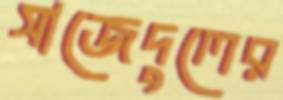
সাজেদুলের